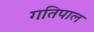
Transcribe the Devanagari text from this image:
गतिपाल